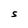
Character: S